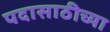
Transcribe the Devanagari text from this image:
पदासाठीच्या